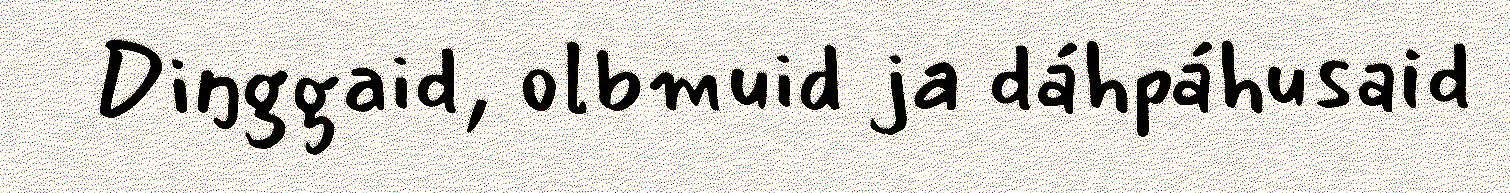
Diŋggaid, olbmuid ja dáhpáhusaid